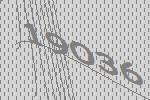
19036